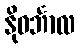
နိုဝင်္ဘာလ